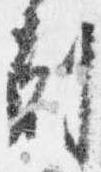
剋